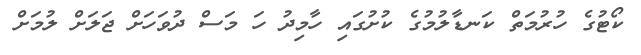
ކޯޓުގެ ހުރުމަތް ކަނޑާލުމުގެ ކުށުގައި ހާމިދު ހަ މަސް ދުވަހަށް ޖަލަށް ލުމަށް